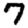
Digit: 7